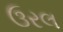
ઉરલ